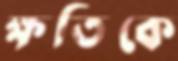
ক্ষতিকে